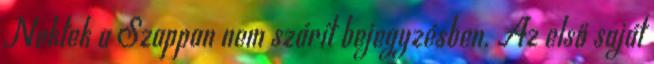
Nektek a Szappan nem szárít bejegyzésben. Az első saját